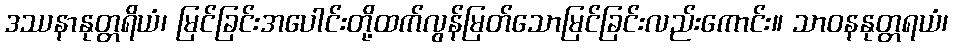
ဒဿနာနုတ္တရိယံ၊ မြင်ခြင်းအပေါင်းတို့ထက်လွန်မြတ်သောမြင်ခြင်းလည်းကောင်း။ သာဝနနုတ္တရယံ၊